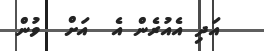
އަދި އެއުރެން އެ  އަށް  ވުން